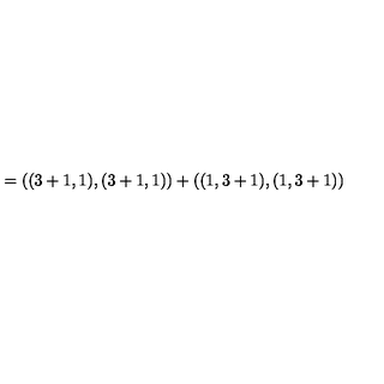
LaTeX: = ( ( 3 + 1 , 1 ) , ( 3 + 1 , 1 ) ) + ( ( 1 , 3 + 1 ) , ( 1 , 3 + 1 ) )